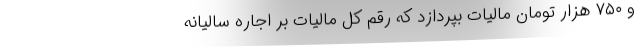
و ۷۵۰ هزار تومان مالیات بپردازد که رقم کل مالیات بر اجاره سالیانه